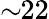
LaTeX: \sim\! \! 22